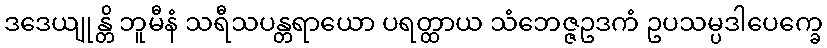
ဒဒေယျုန္တိ ဘူမီနံ သရီသပန္တရာယော ပရတ္ထာယ သံဘေဇ္ဇဥဒကံ ဥပသမ္ပဒါပေက္ခေ